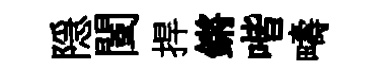
隠闉捍鏘喈疇